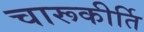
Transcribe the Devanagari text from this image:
चारूकीर्ति